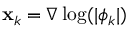
\mathbf { x } _ { k } = \nabla \log ( | \phi _ { k } | )